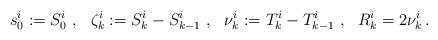
LaTeX: \begin{align*}s^i_0 := S^i_0 \ , \ \ \zeta^i_k:= S^i_k - S^i_{k-1}\ , \ \ \nu_k^i := T_k^i - T_{k-1}^i \ , \ \ R_k^i = 2\nu_k^i \,.\end{align*}